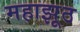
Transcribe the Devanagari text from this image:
महाझूठ